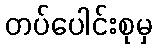
တပ်ပေါင်းစုမှ